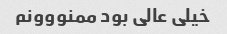
خیلی عالی بود ممنووونم